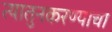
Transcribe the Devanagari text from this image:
त्यातुनकरण्याचा